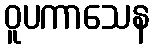
ဝူပကာသေန